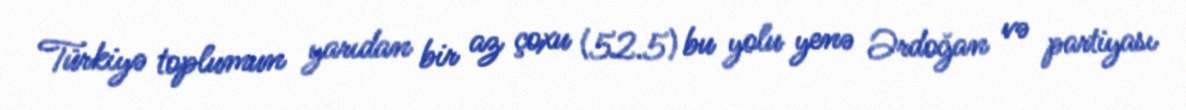
Türkiyə toplumun yarıdan bir az çoxu (52.5) bu yolu yenə Ərdoğan və partiyası